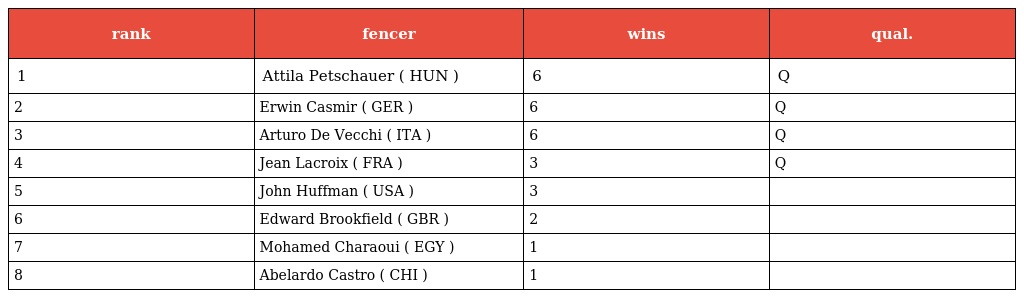
| rank | fencer | wins | qual. |
 | --- | --- | --- | --- |
 | 1 | Attila Petschauer ( HUN ) | 6 | Q |
 | 2 | Erwin Casmir ( GER ) | 6 | Q |
 | 3 | Arturo De Vecchi ( ITA ) | 6 | Q |
 | 4 | Jean Lacroix ( FRA ) | 3 | Q |
 | 5 | John Huffman ( USA ) | 3 |  |
 | 6 | Edward Brookfield ( GBR ) | 2 |  |
 | 7 | Mohamed Charaoui ( EGY ) | 1 |  |
 | 8 | Abelardo Castro ( CHI ) | 1 |  |